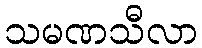
သမဏသီလာ